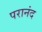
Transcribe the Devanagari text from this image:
परानंद